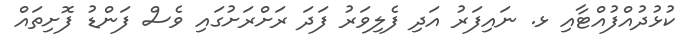
ކުޅުދުއްފުއްޓާއި ޅ. ނައިފަރު އަދި ފެލިވަރު ފަދަ ރަށްރަށުގައި ވެސް ފަންޑު ފޮށިތައް